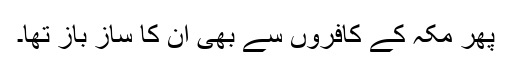
پھر مکہ کے کافروں سے بھی ان کا ساز باز تھا۔